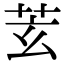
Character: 𦬾